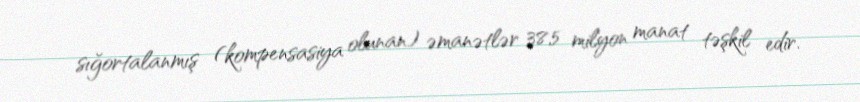
sığortalanmış (kompensasiya olunan) əmanətlər 38,5 milyon manat təşkil edir.